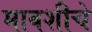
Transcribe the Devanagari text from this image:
मावशीचे